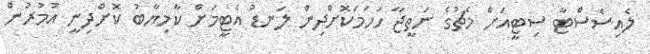
ލެއިސެސްޓާ ސިޓީއަށް މެޗުގެ ނަތީޖާ ހަހަމަކޮށްދިން ލަނޑު އެޓީމަށް ކާމިޔާބު ކޮށްދިނީ އުމުރުން